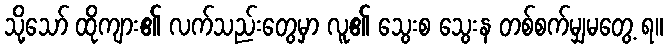
သို့သော် ထိုကျား၏ လက်သည်းတွေမှာ လူ၏ သွေးစ သွေးန တစ်စက်မျှမတွေ့ ရ။